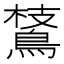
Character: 𪂅